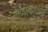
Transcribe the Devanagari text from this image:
गोव्याकडच्या